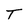
Character: T